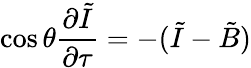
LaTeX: \cos\theta\frac{\partial\tilde{I}}{\partial\tau}=-(\tilde{I}-\tilde{B})